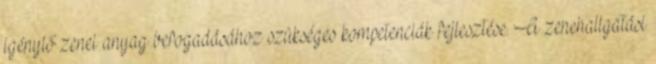
igénylő zenei anyag befogadásához szükséges kompetenciák fejlesztése. A zenehallgatási